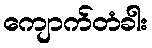
ကျောက်တံခါး